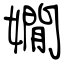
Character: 嫺